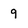
Character: 9